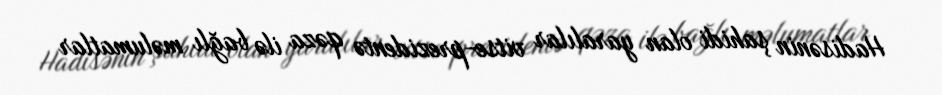
Hadisənin şahidi olan yaralılar vitse-prezidentə qəza ilə bağlı məlumatlar